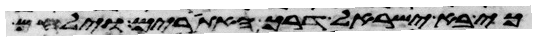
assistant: כי בא ישראל דרך האתורים וילחם